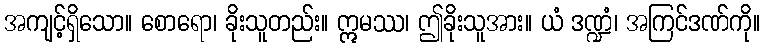
အကျင့်ရှိသော။ စောရော၊ ခိုးသူတည်း။ ဣမဿ၊ ဤခိုးသူအား။ ယံ ဒဏ္ဍံ၊ အကြင်ဒဏ်ကို။